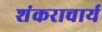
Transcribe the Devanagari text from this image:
शंकराचार्य